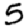
Digit: 5